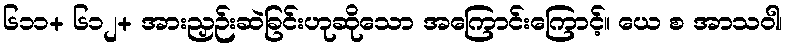
၆၁၁+ ၆၁၂+ အားညှဉ်းဆဲခြင်းဟုဆိုသော အကြောင်းကြောင့်။ ယေ စ အာသဝါ၊